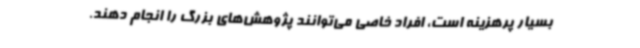
بسیار پرهزینه است، افراد خاصی می‌توانند پژوهش‌های بزرگ را انجام دهند.